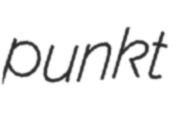
punkt